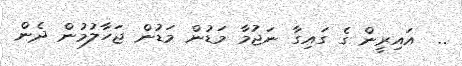
..  އައިރީން ގެ ގައިގާ ނަޖުމާ މަޑުން މަޑުން ޖަހާލުމުން ދެން